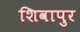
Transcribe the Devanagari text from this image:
शिवापुर